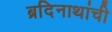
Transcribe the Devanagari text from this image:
ब्रदिनाथांची